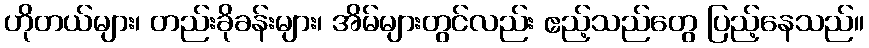
ဟိုတယ်များ၊ တည်းခိုခန်းများ၊ အိမ်များတွင်လည်း ဧည့်သည်တွေ ပြည့်နေသည်။